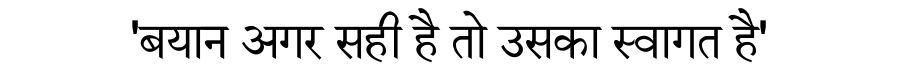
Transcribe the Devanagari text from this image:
'बयान अगर सही है तो उसका स्वागत है'